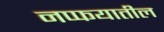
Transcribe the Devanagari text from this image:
नप्फयातील